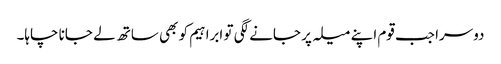
دوسرا جب قوم اپنے میلہ پر جانے لگی تو ابراہیم کو بھی ساتھ لے جانا چاہا۔